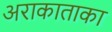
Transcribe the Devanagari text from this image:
अराकाताका